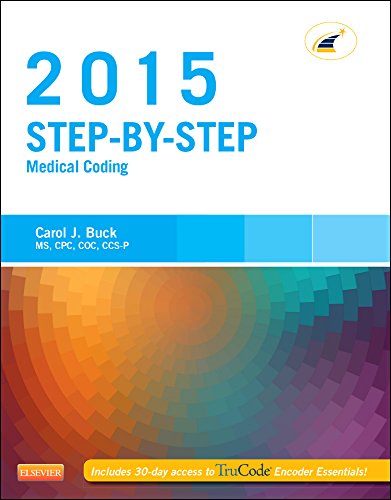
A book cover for Step-by-Step Medical Coding, 2015 Edition, 1e; Carol J. Buck MS  CPC  CCS-P; Medical Books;